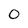
Character: 0